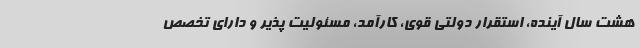
هشت سال آینده، استقرار دولتی قوی، کارآمد، مسئولیت پذیر و دارای تخصص